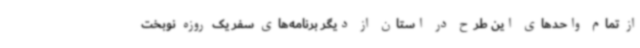
از تمام واحدهای این طرح در استان از دیگر برنامه‌های سفر یک روزه نوبخت